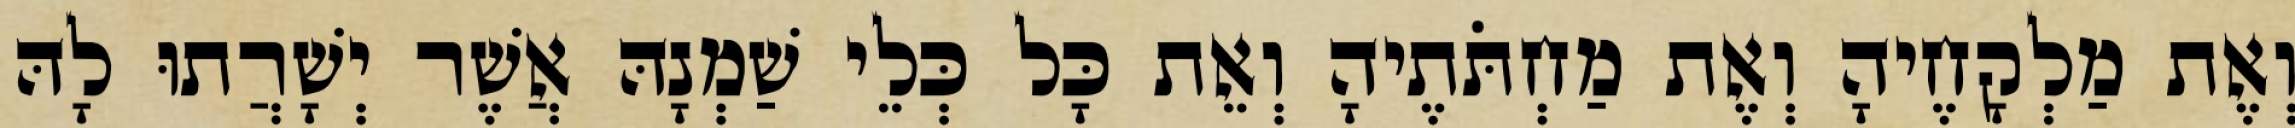
וְאֶת מַלְקָחֶיהָ וְאֶת מַחְתֹּתֶיהָ וְאֵת כָּל כְּלֵי שַׁמְנָהּ אֲשֶׁר יְשָׁרֲתוּ לָהּ